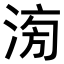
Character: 𣶢